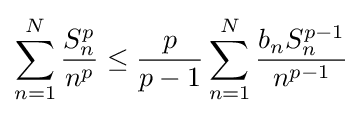
\sum _{n=1}^{N}{\frac {S_{n}^{p}}{n^{p}}}\leq {\frac {p}{p-1}}\sum _{n=1}^{N}{\frac {b_{n}S_{n}^{p-1}}{n^{p-1}}}